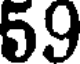
59